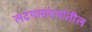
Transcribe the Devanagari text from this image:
लढय़ासंदर्भातील